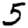
Digit: 5